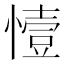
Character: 㦉